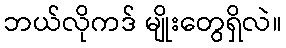
ဘယ်လိုကဒ် မျိုးတွေရှိလဲ။